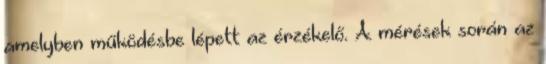
amelyben működésbe lépett az érzékelő. A mérések során az